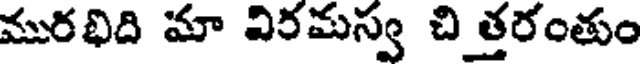
మురభిది మా విరమస్వ చి త్తరంతుం